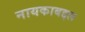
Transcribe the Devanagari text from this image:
नायकाबद्दल